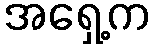
အရှေ့က